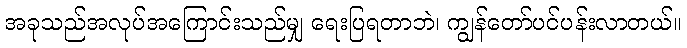
အခုသည်အလုပ်အကြောင်းသည်မျှ ရေးပြရတာဘဲ၊ ကျွန်တော်ပင်ပန်းလာတယ်။